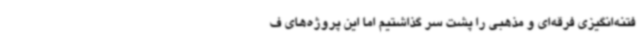
فتنه‌انگیزی فرقه‌ای و مذهبی را پشت سر گذاشتیم اما این پروژه‌های ف